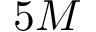
5 M